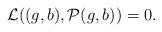
LaTeX: \begin{align*} \mathcal{L}((g,b),\mathcal{P}(g,b))=0.\end{align*}